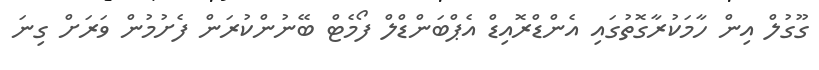
ގޫގުލް އިން ހާމަކުރާގޮތުގައި އެންޑްރޮއިޑް އެޕްބަންޑްލް ފޯމެޓް ބޭނުންކުރަން ފެށުމުން ވަރަށް ގިނަ